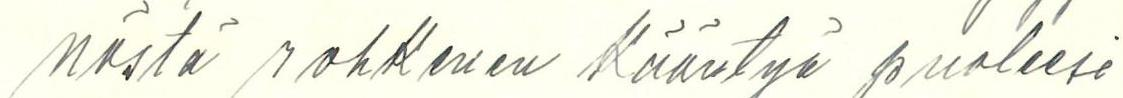
nöstä rohkenen kääntyä puoleesi